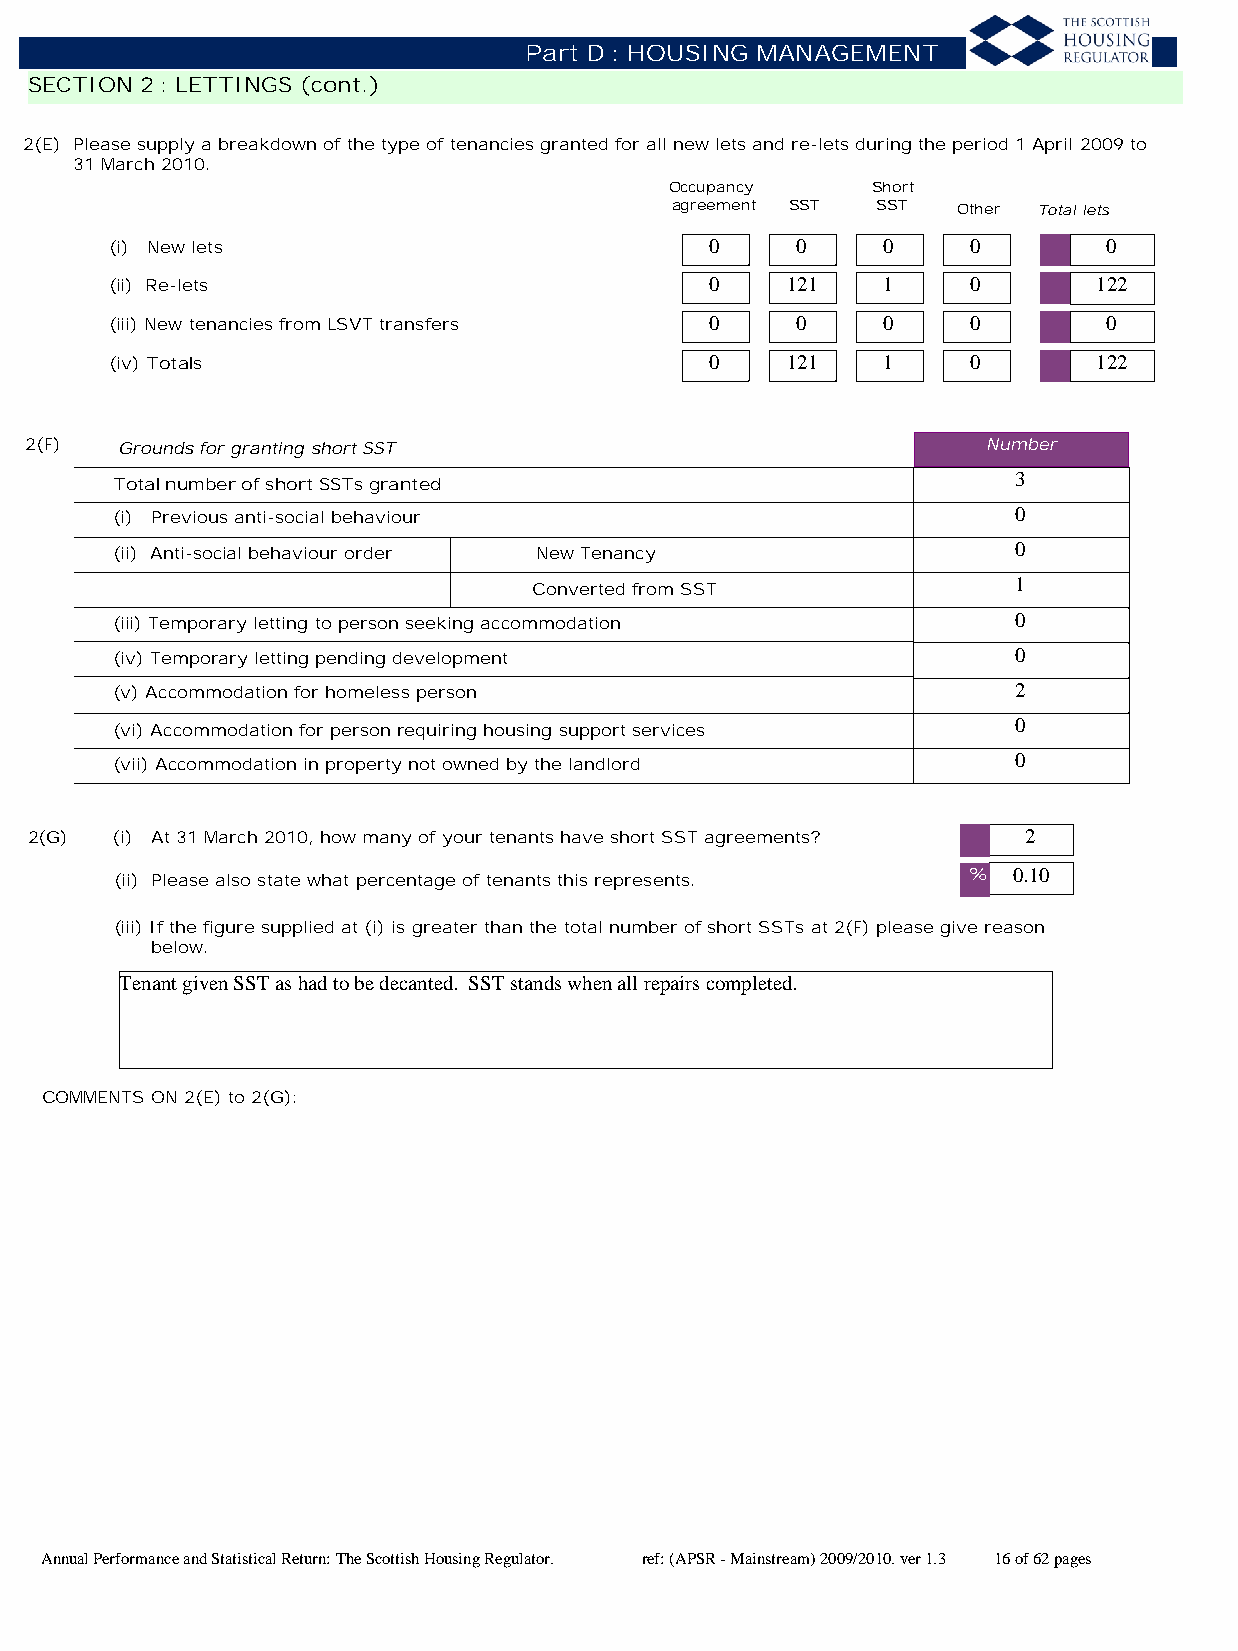
Part D : HOUSING MANAGEMENT
 SECTION 2 : LETTINGS (cont.)
 2(E) Please supply a breakdown of the type of tenancies granted for all new lets and re-lets during the period 1 April 2009 to
 31 March 2010.
 Occupancy     Short
 agreement SST SST  Other Total lets
 (i) New lets                            0     0    0     0        0
 (ii) Re-lets                            0    121   1     0        122
 (iii) New tenancies from LSVT transfers 0     0    0     0        0
 (iv) Totals                             0    121   1     0        122
 2(F)  Grounds for granting short SST                           Number
 3
 Total number of short SSTs granted
 (i) Previous anti-social behaviour                          0
 (ii) Anti-social behaviour order New Tenancy                0
 1
 Converted from SST
 (iii) Temporary letting to person seeking accommodation     0
 (iv) Temporary letting pending development                  0
 (v) Accommodation for homeless person                       2
 0
 (vi) Accommodation for person requiring housing support services
 (vii) Accommodation in property not owned by the landlord   0
 2(G) (i) At 31 March 2010, how many of your tenants have short SST agreements? 2
 (ii) Please also state what percentage of tenants this represents. % 0.10
 (iii) If the figure supplied at (i) is greater than the total number of short SSTs at 2(F) please give reason
 below.
 Tenant given SST as had to be decanted. SST stands when all repairs completed.
 COMMENTS ON 2(E) to 2(G):
 Annual Performance and Statistical Return: The Scottish Housing Regulator. ref: (APSR - Mainstream) 2009/2010. ver 1.3 16 of 62 pages